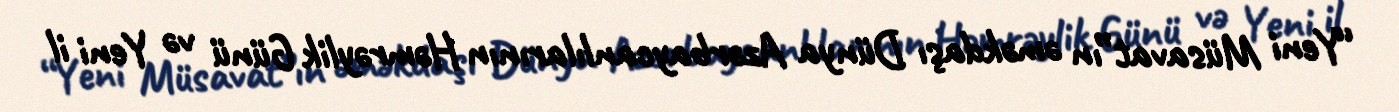
“Yeni Müsavat”ın əməkdaşı Dünya Azərbaycanlılarının Həmrəylik Günü və Yeni il